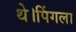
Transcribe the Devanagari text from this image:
थे।पिंगला